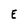
Character: E